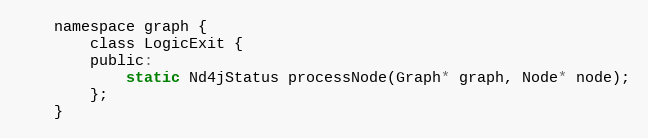
Language: C
    namespace graph {
        class LogicExit {
        public:
            static Nd4jStatus processNode(Graph* graph, Node* node);
        };
    }